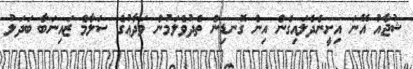
ޝުޖާއު އޭނަ އިށީންދެލައިގެން އިން ގޮނޑިން ތެދުވެލަމުން ވަދާޢުގެ ސަލާމް ޒައިނަބާ ބަދަލު